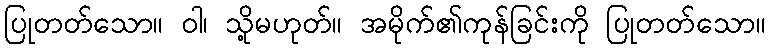
ပြုတတ်သော။ ဝါ၊ သို့မဟုတ်။ အမိုက်၏ကုန်ခြင်းကို ပြုတတ်သော။